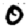
Digit: 0